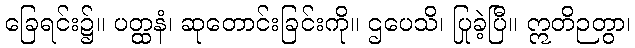
ခြေရင်း၌။ ပတ္ထနံ၊ ဆုတောင်းခြင်းကို။ ဌပေသိ၊ ပြုခဲ့ပြီ။ ဣတိဉတွာ၊